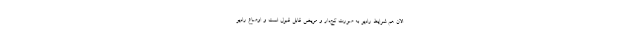
الان هم شرایط رادیو به صورت کج‌دار و مریض قابل قبول است و اوضاع رادیو